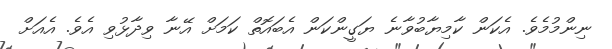
ނިންމުމެވެ. އެކަން ކާމިޔާބުވާނެ ޔަގީންކަން އެބައޮތް ކަމަށް އޭނާ ވިދާޅުވި އެވެ. އެއަށް